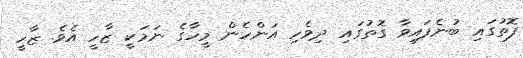
ފޮތުގައި ބުނެފައިވާ ގޮތުގައި ދިވެހި އަންހެން މީހާގެ ނަމަކީ ޒާހީ އެވެ. ޒާހީ